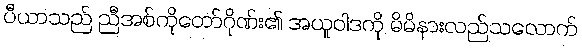
ပီယာသည် ညီအစ်ကိုတော်ဂိုဏ်း၏ အယူဝါဒကို မိမိနားလည်သလောက်